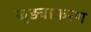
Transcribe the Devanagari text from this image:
जुड़वाकरण